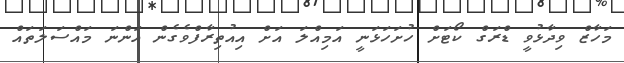
މަހާޒް ވިދާޅުވީ ޑްރަގް ކޯޓަށް ހުށަހަޅަނީ އަމިއްލަ އަށް އިއުތިރާފްވެގެން އަންނަ މައްސަލަތައް